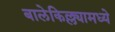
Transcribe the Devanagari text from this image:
बालेकिल्ल्यामध्ये